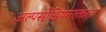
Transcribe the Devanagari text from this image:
अल्पसोडियमरक्तता